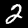
Digit: 2